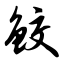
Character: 鲛